Civil Veterinary Dept. Bombay admin report 1893-99 - 1893-1899
Year: 1893
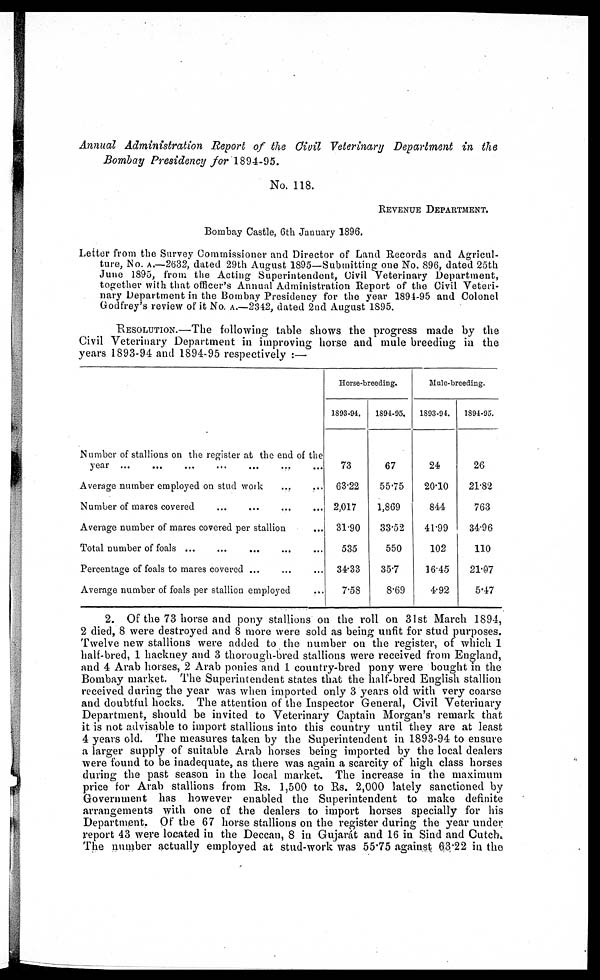
Annual Administration
Report of the Civil Veterinary Department in the
Bombay Presidency for 1894-95.
No. 118.
REVENUE DEPARTMENT.
Bombay Castle, 6th January 1896.
Letter from the Survey Commissioner and Director of Land Records and Agricul-
ture, No. A.—2632, dated 29th August 1895—Submitting one No. 896, dated 25th
June 1895, from the Acting Superintendent, Civil Veterinary Department,
together with that officer's Annual Administration Report of the Civil Veteri-
nary Department in the Bombay Presidency for the year 1894-95 and Colonel
Godfrey's review of it No. a.—2342, dated 2nd August 1895.
RESOLUTION.—The following table shows the progress made by the
Civil Veterinary Department in improving horse and mule breeding in the
years 1893-94 and 1894-95 respectively :—
Number of stallions on the register at the end of the
yea
…
…
…
…
…
…
…
Average number employed on stud work … …
Number of mares covered … … … …
Average number of mares covered per stallion …
Total number of foals ... … … … …
Percentage of foals to mares covered ... … …
Average number of foals per stallion employed …
Horse-breeding.
1893-94.
73
63.22
2,017
31.90
535
34.33
7.58
1894-95.
67
55.75
1,869
33.52
550
35.7
8.69
Mule-breeding.
1893-94.
24
20.10
844
41.99
102
36.45
4.92
1894-95.
26
21.82
763
34.96
110
21.07
5.47
2. Of the 73 horse and pony stallions on the roll on 31st March 1894,
2 died, 8 were destroyed and 8 more were sold as being unfit for stud purposes.
Twelve new stallions were added to the number on the register, of which 1
half-bred, 1 hackney and 3 thorough-bred stallions were received from England,
and 4 Arab horses, 2 Arab ponies and 1 country-bred pony were bought in the
Bombay market. The Superintendent states that the half-bred English stallion
received during the year was when imported only 3 years old with very coarse
and doubtful hocks. The attention of the Inspector General, Civil Veterinary
Department, should be invited to Veterinary Captain Morgan's remark that
it is not advisable to import stallions into this country until they are at least
4 years old. The measures taken by the Superintendent in 1893-94 to ensure
a larger supply of suitable Arab horses being imported by the local dealers
were found to be inadequate, as there was again a scarcity of high class horses
during the past season in the local market. The increase in the maximum
price for Arab stallions from Rs. 1,500 to Rs. 2,000 lately sanctioned by
Government has however enabled the Superintendent to make definite
arrangements with one of the dealers to import horses specially for his
Department. Of the 67 horse stallions on the register during the year under
report 43 were located in the Deccan, 8 in Gujarát and 16 in Sind and Cutch.
The number actually employed at stud-work was 55.75 against 63.22 in the